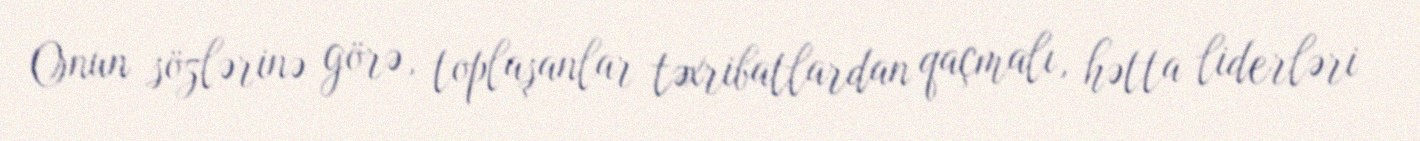
Onun sözlərinə görə, toplaşanlar təxribatlardan qaçmalı, hətta liderləri